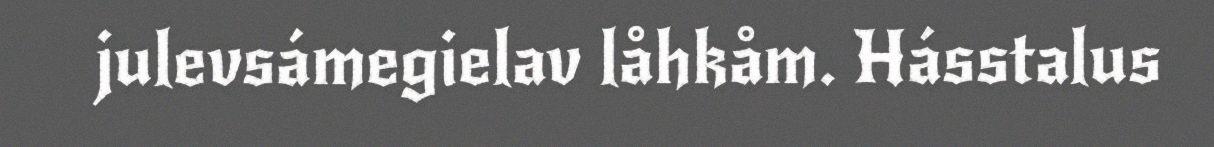
julevsámegielav låhkåm. Hásstalus